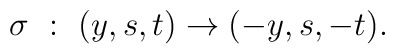
\sigma~:~(y,s,t) \rightarrow (-y,s,-t).